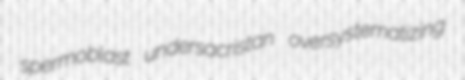
spermoblast undersacristan oversystematizing